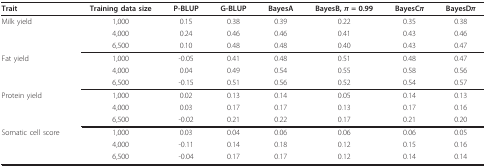
<table><thead><tr><td><b>Trait</b></td><td><b>Training data size</b></td><td><b>P-BLUP</b></td><td><b>G-BLUP</b></td><td><b>BayesA</b></td><td><b>BayesB, <i>π </i>= 0.99</b></td><td><b>BayesC<i>π</i></b></td><td><b>BayesD<i>π</i></b></td></tr></thead><tbody><tr><td>Milk yield</td><td>1,000</td><td>0.15</td><td>0.38</td><td>0.39</td><td>0.22</td><td>0.35</td><td>0.38</td></tr><tr><td></td><td>4,000</td><td>0.24</td><td>0.46</td><td>0.46</td><td>0.41</td><td>0.43</td><td>0.46</td></tr><tr><td></td><td>6,500</td><td>0.10</td><td>0.48</td><td>0.48</td><td>0.40</td><td>0.43</td><td>0.47</td></tr><tr><td>Fat yield</td><td>1,000</td><td>-0.05</td><td>0.41</td><td>0.48</td><td>0.51</td><td>0.48</td><td>0.47</td></tr><tr><td></td><td>4,000</td><td>0.04</td><td>0.49</td><td>0.54</td><td>0.55</td><td>0.58</td><td>0.56</td></tr><tr><td></td><td>6,500</td><td>-0.15</td><td>0.51</td><td>0.56</td><td>0.52</td><td>0.54</td><td>0.57</td></tr><tr><td>Protein yield</td><td>1,000</td><td>0.02</td><td>0.13</td><td>0.14</td><td>0.05</td><td>0.14</td><td>0.13</td></tr><tr><td></td><td>4,000</td><td>0.03</td><td>0.17</td><td>0.17</td><td>0.13</td><td>0.17</td><td>0.16</td></tr><tr><td></td><td>6,500</td><td>-0.02</td><td>0.21</td><td>0.22</td><td>0.17</td><td>0.21</td><td>0.20</td></tr><tr><td>Somatic cell score</td><td>1,000</td><td>0.03</td><td>0.04</td><td>0.06</td><td>0.06</td><td>0.06</td><td>0.05</td></tr><tr><td></td><td>4,000</td><td>-0.11</td><td>0.14</td><td>0.18</td><td>0.12</td><td>0.15</td><td>0.16</td></tr><tr><td></td><td>6,500</td><td>-0.04</td><td>0.17</td><td>0.17</td><td>0.12</td><td>0.14</td><td>0.14</td></tr></tbody></table>